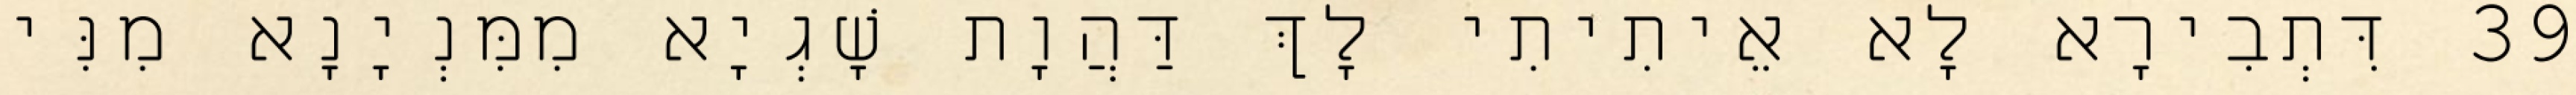
39 דִּתְבִירָא לָא אֵיתִיתִי לָךְ דַּהֲוָת שָׁגְיָא מִמִּנְיָנָא מִנִּי